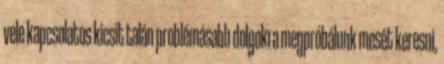
vele kapcsolatos kicsit talán problémásabb dolgokra megpróbálunk mesét keresni,